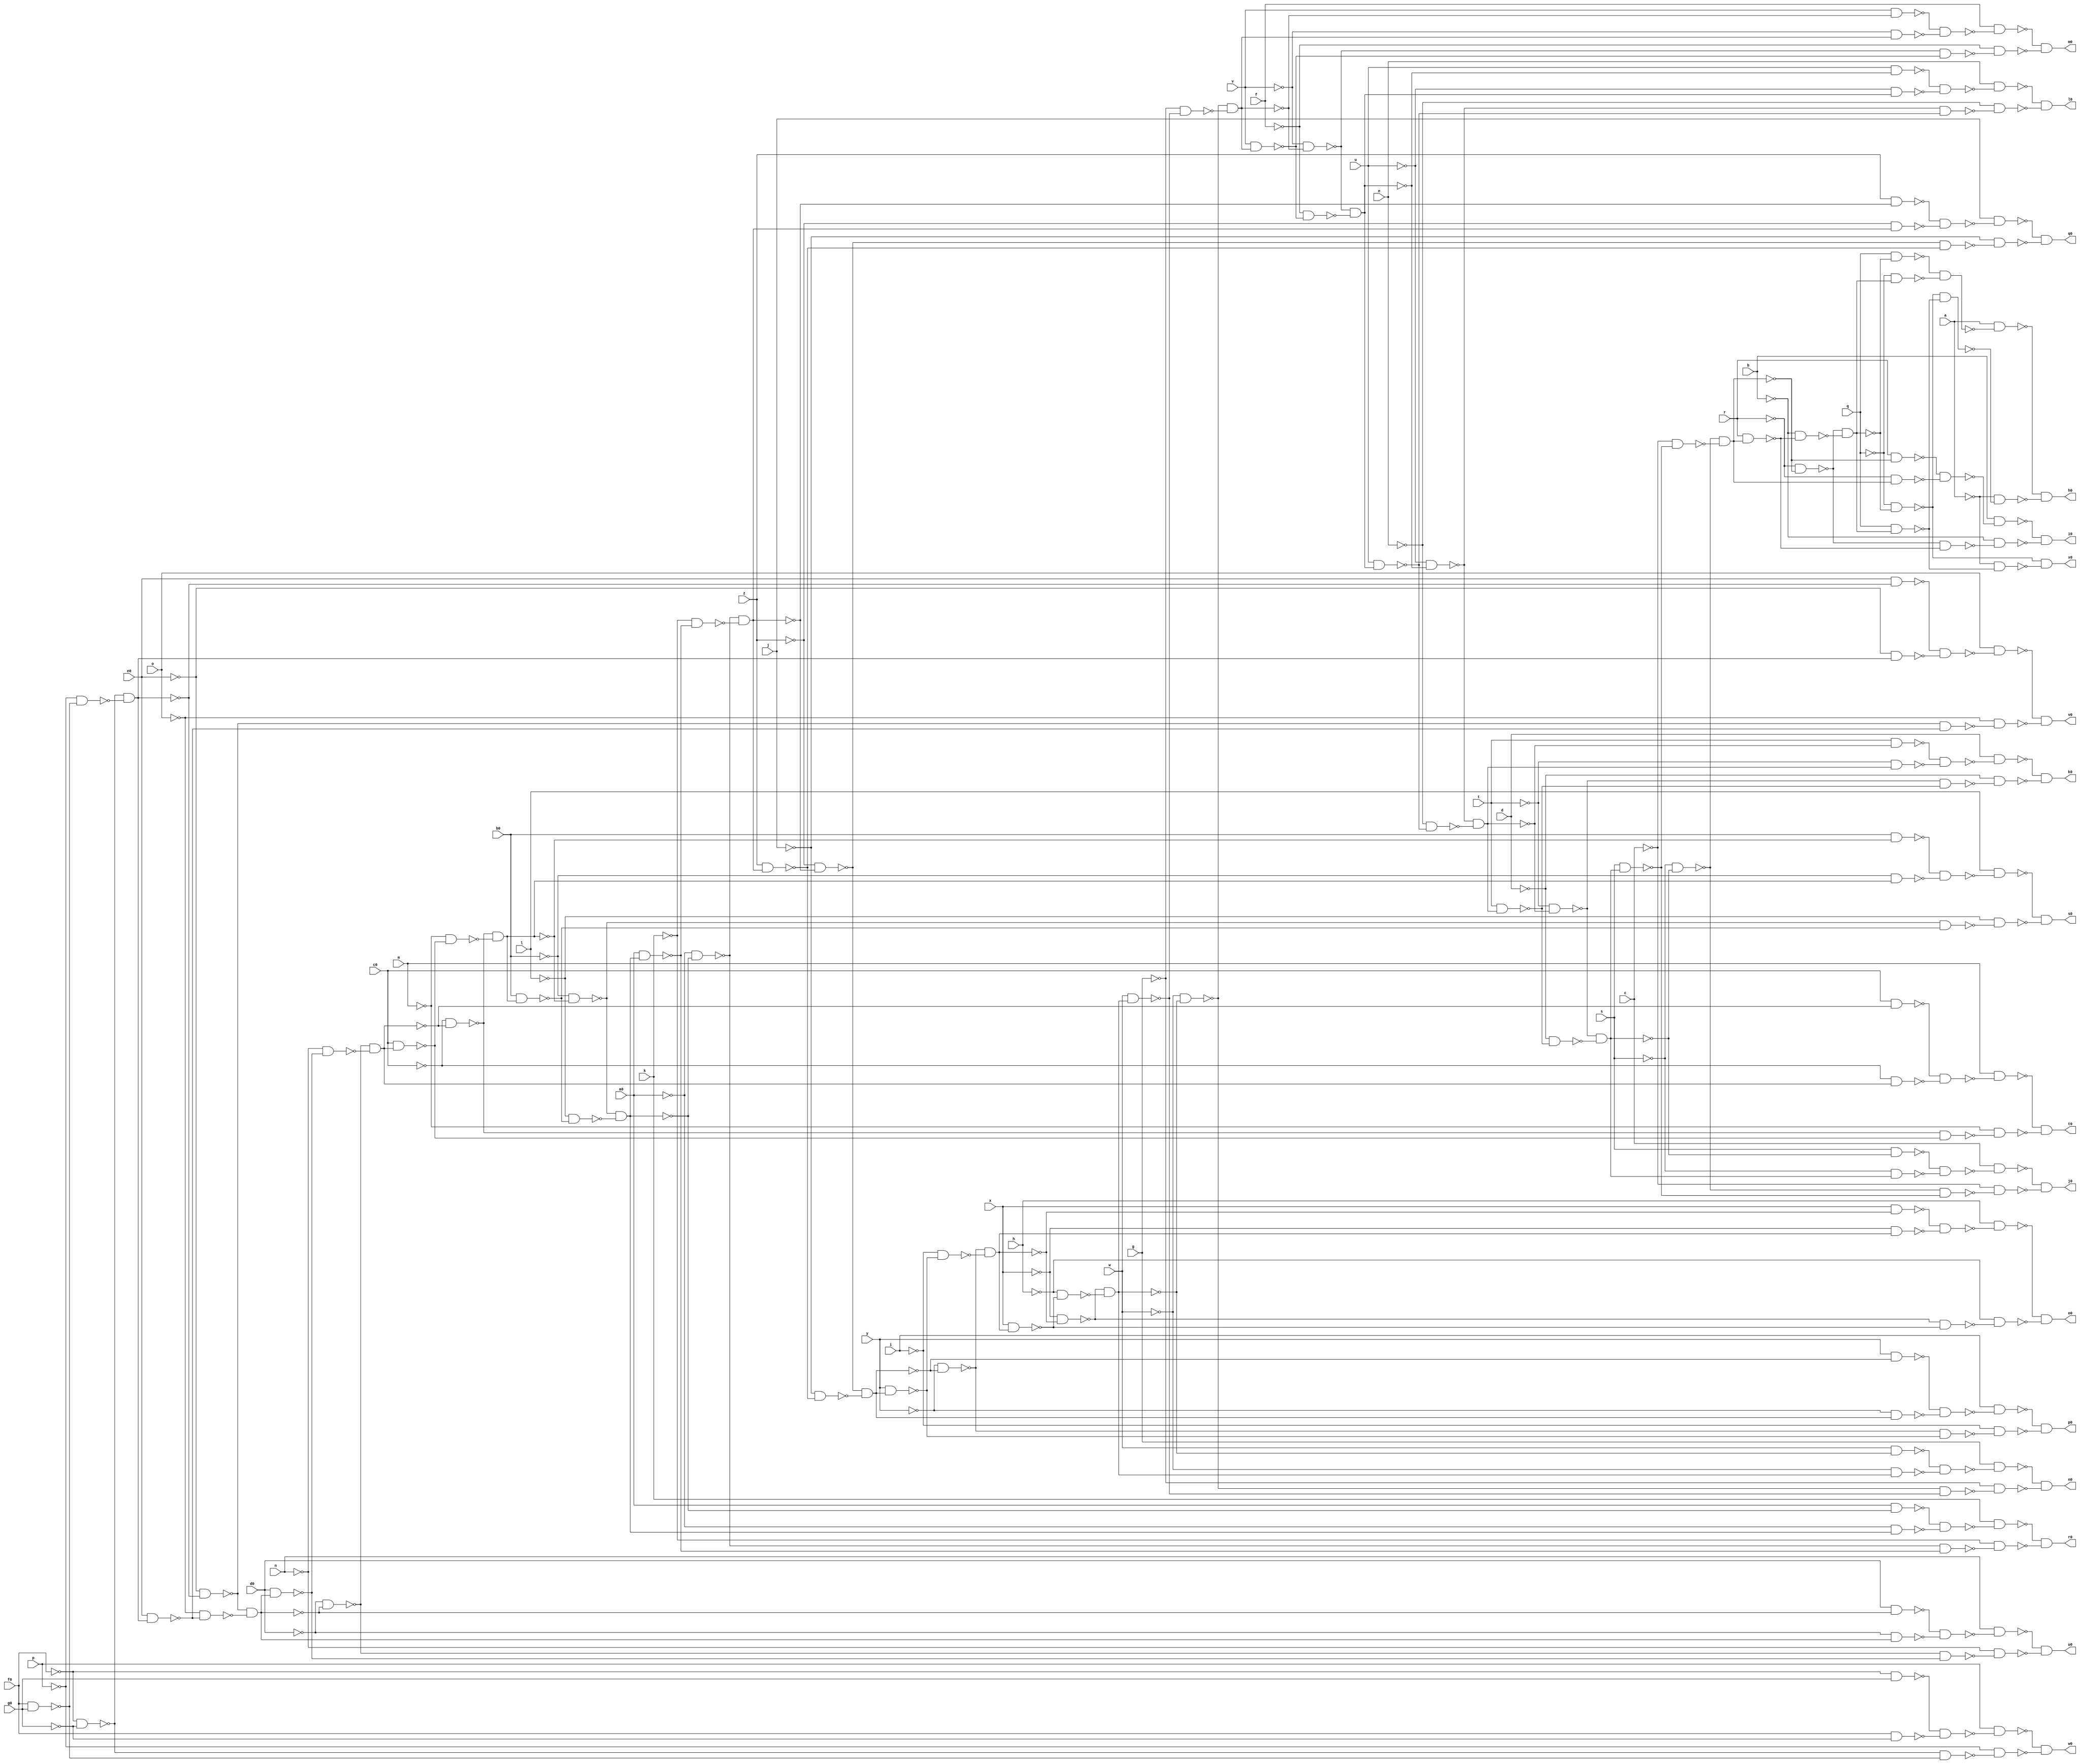
module ADDERFDS ( 
    a, b, c, d, e, f, g, h, i, j, k, l, m, n, o, p, q, r, s, t, u, v, w, x,
    y, z, a0, b0, c0, d0, e0, f0, g0,
    h0, i0, j0, k0, l0, m0, n0, o0, p0, q0, r0, s0, t0, u0, v0, w0, x0  );
  input  a, b, c, d, e, f, g, h, i, j, k, l, m, n, o, p, q, r, s, t, u,
    v, w, x, y, z, a0, b0, c0, d0, e0, f0, g0;
  output h0, i0, j0, k0, l0, m0, n0, o0, p0, q0, r0, s0, t0, u0, v0, w0, x0;
  wire new_n51_, new_n52_, new_n53_, new_n54_, new_n55_, new_n56_, new_n57_,
    new_n58_, new_n59_, new_n60_, new_n61_, new_n62_, new_n63_, new_n64_,
    new_n65_, new_n66_, new_n67_, new_n68_, new_n69_, new_n70_, new_n71_,
    new_n72_, new_n73_, new_n74_, new_n75_, new_n76_, new_n77_, new_n78_,
    new_n79_, new_n80_, new_n81_, new_n82_, new_n83_, new_n84_, new_n85_,
    new_n86_, new_n87_, new_n88_, new_n89_, new_n90_, new_n91_, new_n92_,
    new_n93_, new_n94_, new_n95_, new_n96_, new_n97_, new_n98_, new_n99_,
    new_n100_, new_n101_, new_n102_, new_n103_, new_n104_, new_n105_,
    new_n106_, new_n107_, new_n108_, new_n109_, new_n110_, new_n111_,
    new_n112_, new_n113_, new_n114_, new_n115_, new_n116_, new_n117_,
    new_n118_, new_n120_, new_n121_, new_n122_, new_n123_, new_n124_,
    new_n125_, new_n127_, new_n128_, new_n129_, new_n130_, new_n131_,
    new_n132_, new_n134_, new_n135_, new_n136_, new_n137_, new_n138_,
    new_n139_, new_n141_, new_n142_, new_n143_, new_n144_, new_n145_,
    new_n146_, new_n148_, new_n149_, new_n150_, new_n151_, new_n152_,
    new_n153_, new_n155_, new_n156_, new_n157_, new_n158_, new_n159_,
    new_n160_, new_n162_, new_n163_, new_n164_, new_n165_, new_n166_,
    new_n167_, new_n169_, new_n170_, new_n171_, new_n172_, new_n173_,
    new_n174_, new_n176_, new_n177_, new_n178_, new_n179_, new_n180_,
    new_n181_, new_n183_, new_n184_, new_n185_, new_n186_, new_n187_,
    new_n188_, new_n190_, new_n191_, new_n192_, new_n193_, new_n194_,
    new_n195_, new_n197_, new_n198_, new_n199_, new_n200_, new_n201_,
    new_n202_, new_n204_, new_n205_, new_n206_, new_n207_, new_n208_,
    new_n209_, new_n211_, new_n212_, new_n213_, new_n214_, new_n215_,
    new_n216_, new_n218_, new_n219_, new_n220_, new_n221_, new_n222_,
    new_n223_, new_n225_;
  assign new_n51_ = ~f0 & ~g0;
  assign new_n52_ = f0 & g0;
  assign new_n53_ = ~p & ~new_n52_;
  assign new_n54_ = ~new_n51_ & ~new_n53_;
  assign new_n55_ = ~e0 & ~new_n54_;
  assign new_n56_ = e0 & new_n54_;
  assign new_n57_ = ~o & ~new_n56_;
  assign new_n58_ = ~new_n55_ & ~new_n57_;
  assign new_n59_ = ~d0 & ~new_n58_;
  assign new_n60_ = d0 & new_n58_;
  assign new_n61_ = ~n & ~new_n60_;
  assign new_n62_ = ~new_n59_ & ~new_n61_;
  assign new_n63_ = ~c0 & ~new_n62_;
  assign new_n64_ = c0 & new_n62_;
  assign new_n65_ = ~m & ~new_n64_;
  assign new_n66_ = ~new_n63_ & ~new_n65_;
  assign new_n67_ = ~b0 & ~new_n66_;
  assign new_n68_ = b0 & new_n66_;
  assign new_n69_ = ~l & ~new_n68_;
  assign new_n70_ = ~new_n67_ & ~new_n69_;
  assign new_n71_ = ~a0 & ~new_n70_;
  assign new_n72_ = a0 & new_n70_;
  assign new_n73_ = ~k & ~new_n72_;
  assign new_n74_ = ~new_n71_ & ~new_n73_;
  assign new_n75_ = ~z & ~new_n74_;
  assign new_n76_ = z & new_n74_;
  assign new_n77_ = ~j & ~new_n76_;
  assign new_n78_ = ~new_n75_ & ~new_n77_;
  assign new_n79_ = ~y & ~new_n78_;
  assign new_n80_ = y & new_n78_;
  assign new_n81_ = ~i & ~new_n80_;
  assign new_n82_ = ~new_n79_ & ~new_n81_;
  assign new_n83_ = ~x & ~new_n82_;
  assign new_n84_ = x & new_n82_;
  assign new_n85_ = ~h & ~new_n84_;
  assign new_n86_ = ~new_n83_ & ~new_n85_;
  assign new_n87_ = ~w & ~new_n86_;
  assign new_n88_ = w & new_n86_;
  assign new_n89_ = ~g & ~new_n88_;
  assign new_n90_ = ~new_n87_ & ~new_n89_;
  assign new_n91_ = ~v & ~new_n90_;
  assign new_n92_ = v & new_n90_;
  assign new_n93_ = ~f & ~new_n92_;
  assign new_n94_ = ~new_n91_ & ~new_n93_;
  assign new_n95_ = ~u & ~new_n94_;
  assign new_n96_ = u & new_n94_;
  assign new_n97_ = ~e & ~new_n96_;
  assign new_n98_ = ~new_n95_ & ~new_n97_;
  assign new_n99_ = ~t & ~new_n98_;
  assign new_n100_ = t & new_n98_;
  assign new_n101_ = ~d & ~new_n100_;
  assign new_n102_ = ~new_n99_ & ~new_n101_;
  assign new_n103_ = ~s & ~new_n102_;
  assign new_n104_ = s & new_n102_;
  assign new_n105_ = ~c & ~new_n104_;
  assign new_n106_ = ~new_n103_ & ~new_n105_;
  assign new_n107_ = ~r & ~new_n106_;
  assign new_n108_ = r & new_n106_;
  assign new_n109_ = ~b & ~new_n108_;
  assign new_n110_ = ~new_n107_ & ~new_n109_;
  assign new_n111_ = q & ~new_n110_;
  assign new_n112_ = ~q & new_n110_;
  assign new_n113_ = ~new_n111_ & ~new_n112_;
  assign new_n114_ = a & ~new_n113_;
  assign new_n115_ = ~q & ~new_n110_;
  assign new_n116_ = q & new_n110_;
  assign new_n117_ = ~new_n115_ & ~new_n116_;
  assign new_n118_ = ~a & ~new_n117_;
  assign h0 = ~new_n114_ & ~new_n118_;
  assign new_n120_ = r & ~new_n106_;
  assign new_n121_ = ~r & new_n106_;
  assign new_n122_ = ~new_n120_ & ~new_n121_;
  assign new_n123_ = b & ~new_n122_;
  assign new_n124_ = ~new_n107_ & ~new_n108_;
  assign new_n125_ = ~b & ~new_n124_;
  assign i0 = ~new_n123_ & ~new_n125_;
  assign new_n127_ = s & ~new_n102_;
  assign new_n128_ = ~s & new_n102_;
  assign new_n129_ = ~new_n127_ & ~new_n128_;
  assign new_n130_ = c & ~new_n129_;
  assign new_n131_ = ~new_n103_ & ~new_n104_;
  assign new_n132_ = ~c & ~new_n131_;
  assign j0 = ~new_n130_ & ~new_n132_;
  assign new_n134_ = t & ~new_n98_;
  assign new_n135_ = ~t & new_n98_;
  assign new_n136_ = ~new_n134_ & ~new_n135_;
  assign new_n137_ = d & ~new_n136_;
  assign new_n138_ = ~new_n99_ & ~new_n100_;
  assign new_n139_ = ~d & ~new_n138_;
  assign k0 = ~new_n137_ & ~new_n139_;
  assign new_n141_ = u & ~new_n94_;
  assign new_n142_ = ~u & new_n94_;
  assign new_n143_ = ~new_n141_ & ~new_n142_;
  assign new_n144_ = e & ~new_n143_;
  assign new_n145_ = ~new_n95_ & ~new_n96_;
  assign new_n146_ = ~e & ~new_n145_;
  assign l0 = ~new_n144_ & ~new_n146_;
  assign new_n148_ = v & ~new_n90_;
  assign new_n149_ = ~v & new_n90_;
  assign new_n150_ = ~new_n148_ & ~new_n149_;
  assign new_n151_ = f & ~new_n150_;
  assign new_n152_ = ~new_n91_ & ~new_n92_;
  assign new_n153_ = ~f & ~new_n152_;
  assign m0 = ~new_n151_ & ~new_n153_;
  assign new_n155_ = w & ~new_n86_;
  assign new_n156_ = ~w & new_n86_;
  assign new_n157_ = ~new_n155_ & ~new_n156_;
  assign new_n158_ = g & ~new_n157_;
  assign new_n159_ = ~new_n87_ & ~new_n88_;
  assign new_n160_ = ~g & ~new_n159_;
  assign n0 = ~new_n158_ & ~new_n160_;
  assign new_n162_ = x & ~new_n82_;
  assign new_n163_ = ~x & new_n82_;
  assign new_n164_ = ~new_n162_ & ~new_n163_;
  assign new_n165_ = h & ~new_n164_;
  assign new_n166_ = ~new_n83_ & ~new_n84_;
  assign new_n167_ = ~h & ~new_n166_;
  assign o0 = ~new_n165_ & ~new_n167_;
  assign new_n169_ = y & ~new_n78_;
  assign new_n170_ = ~y & new_n78_;
  assign new_n171_ = ~new_n169_ & ~new_n170_;
  assign new_n172_ = i & ~new_n171_;
  assign new_n173_ = ~new_n79_ & ~new_n80_;
  assign new_n174_ = ~i & ~new_n173_;
  assign p0 = ~new_n172_ & ~new_n174_;
  assign new_n176_ = z & ~new_n74_;
  assign new_n177_ = ~z & new_n74_;
  assign new_n178_ = ~new_n176_ & ~new_n177_;
  assign new_n179_ = j & ~new_n178_;
  assign new_n180_ = ~new_n75_ & ~new_n76_;
  assign new_n181_ = ~j & ~new_n180_;
  assign q0 = ~new_n179_ & ~new_n181_;
  assign new_n183_ = a0 & ~new_n70_;
  assign new_n184_ = ~a0 & new_n70_;
  assign new_n185_ = ~new_n183_ & ~new_n184_;
  assign new_n186_ = k & ~new_n185_;
  assign new_n187_ = ~new_n71_ & ~new_n72_;
  assign new_n188_ = ~k & ~new_n187_;
  assign r0 = ~new_n186_ & ~new_n188_;
  assign new_n190_ = b0 & ~new_n66_;
  assign new_n191_ = ~b0 & new_n66_;
  assign new_n192_ = ~new_n190_ & ~new_n191_;
  assign new_n193_ = l & ~new_n192_;
  assign new_n194_ = ~new_n67_ & ~new_n68_;
  assign new_n195_ = ~l & ~new_n194_;
  assign s0 = ~new_n193_ & ~new_n195_;
  assign new_n197_ = c0 & ~new_n62_;
  assign new_n198_ = ~c0 & new_n62_;
  assign new_n199_ = ~new_n197_ & ~new_n198_;
  assign new_n200_ = m & ~new_n199_;
  assign new_n201_ = ~new_n63_ & ~new_n64_;
  assign new_n202_ = ~m & ~new_n201_;
  assign t0 = ~new_n200_ & ~new_n202_;
  assign new_n204_ = d0 & ~new_n58_;
  assign new_n205_ = ~d0 & new_n58_;
  assign new_n206_ = ~new_n204_ & ~new_n205_;
  assign new_n207_ = n & ~new_n206_;
  assign new_n208_ = ~new_n59_ & ~new_n60_;
  assign new_n209_ = ~n & ~new_n208_;
  assign u0 = ~new_n207_ & ~new_n209_;
  assign new_n211_ = e0 & ~new_n54_;
  assign new_n212_ = ~e0 & new_n54_;
  assign new_n213_ = ~new_n211_ & ~new_n212_;
  assign new_n214_ = o & ~new_n213_;
  assign new_n215_ = ~new_n55_ & ~new_n56_;
  assign new_n216_ = ~o & ~new_n215_;
  assign v0 = ~new_n214_ & ~new_n216_;
  assign new_n218_ = ~f0 & g0;
  assign new_n219_ = f0 & ~g0;
  assign new_n220_ = ~new_n218_ & ~new_n219_;
  assign new_n221_ = p & ~new_n220_;
  assign new_n222_ = ~new_n51_ & ~new_n52_;
  assign new_n223_ = ~p & ~new_n222_;
  assign w0 = ~new_n221_ & ~new_n223_;
  assign new_n225_ = ~a & ~new_n116_;
  assign x0 = ~new_n115_ & ~new_n225_;
endmodule